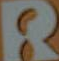
R